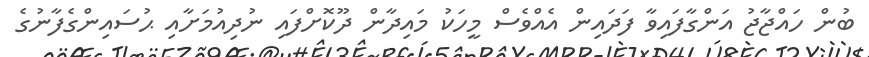
ބުން ހައްޖާޖު އަންގާފައިވާ ފަދައިން އެއްވެސް މީހަކު މައިދާން ދޫކޮށްފައި ނުދިއުމަށާއި ޙުސައިންގެފާނުގެ